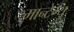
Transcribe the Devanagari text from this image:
मान्टेग्यू